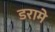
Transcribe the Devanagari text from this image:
डरामे